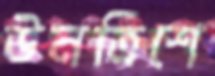
উনত্রিশে